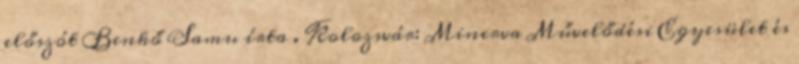
előszót Benkő Samu írta . Kolozsvár: Minerva Művelődési Egyesület és